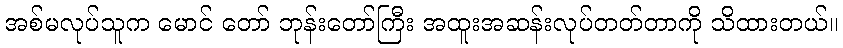
အစ်မလုပ်သူက မောင် တော် ဘုန်းတော်ကြီး အထူးအဆန်းလုပ်တတ်တာကို သိထားတယ်။